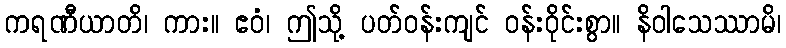
ကရဏီယာတိ၊ ကား။ ဧဝံ၊ ဤသို့ ပတ်ဝန်းကျင် ဝန်းဝိုင်းစွာ။ နိဝါသေဿာမိ၊